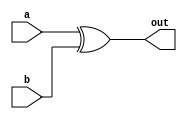
module xor_gate_delay(
    input wire a,
    input wire b,
    output reg out
);

reg delayed_out;

always @ (a or b) begin
    #10 // Delay of 10 time units
    delayed_out = a ^ b;
end

assign out = delayed_out;

endmodule